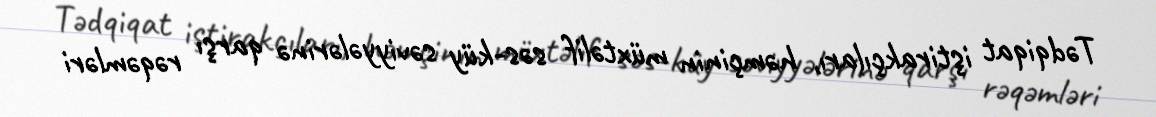
Tədqiqat iştirakçıları, həmçinin müxtəlif səs-küy səviyyələrinə qarşı rəqəmləri